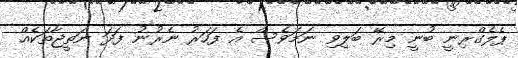
ޕެލެގްރިނީ ބުނީ މިރޭ ބަލިވި ނަމަވެސް އެ ފަހަރު ނެރުނު ފަދަ ނަތީޖާތަކެއް